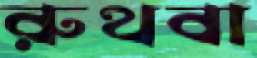
রুথবা